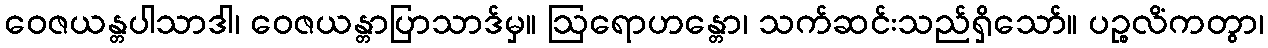
ဝေဇယန္တပါသာဒါ၊ ဝေဇယန္တာပြာသာဒ်မှ။ ဩရောဟန္တော၊ သက်ဆင်းသည်ရှိသော်။ ပဉ္စလိံကတွာ၊